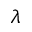
\lambda